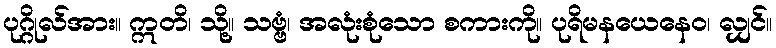
ပုဂ္ဂိုလ်အား။ ဣတိ၊ သို့။ သဗ္ဗံ၊ အလုံးစုံသော စကားကို။ ပုရိမနယေနေဝ၊ လျှင်။